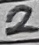
Text: 2